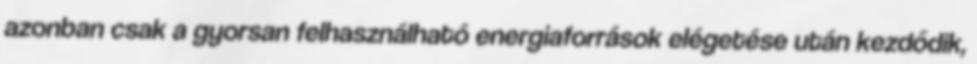
azonban csak a gyorsan felhasználható energiaforrások elégetése után kezdődik,